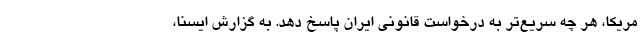
مریکا، هر چه سریع‌تر به درخواست قانونی ایران پاسخ دهد. به گزارش ایسنا،